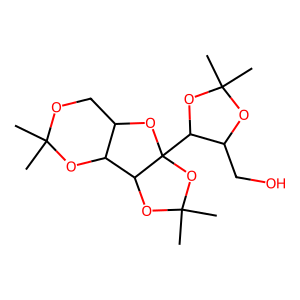
SMILES: CC1(C)OCC2OC3(C4OC(C)(C)OC4CO)OC(C)(C)OC3C2O1
Inhibits HIV replication: No